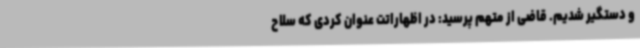
و دستگیر شدیم. قاضی از متهم پرسید: در اظهاراتت عنوان کردی که سلاح